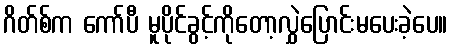
ဂိတ်စ်က ကော်ပီ မူပိုင်ခွင့်ကိုတော့လွှဲပြောင်းမပေးခဲ့ပေ။